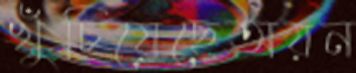
খুঁচিয়েছেঅয়ন